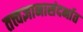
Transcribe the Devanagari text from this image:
तत्त्वज्ञानासंदर्भात